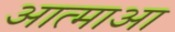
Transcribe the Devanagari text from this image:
आत्माआ